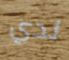
لدي